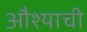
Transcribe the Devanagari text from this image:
औश्याची